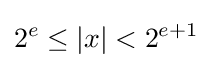
2^{e}\leq |x|<2^{e+1}